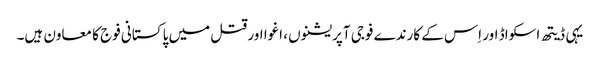
یہی ڈیتھ اسکواڈ اور اِس کے کارندے فوجی آپریشنوں ، اغوا اور قتل میں پاکستانی فوج کا معاون ہیں۔